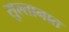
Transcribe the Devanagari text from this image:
सुल्तानात